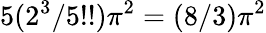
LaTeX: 5(2^{3}/5!!)\pi^{2}=(8/3)\pi^{2}